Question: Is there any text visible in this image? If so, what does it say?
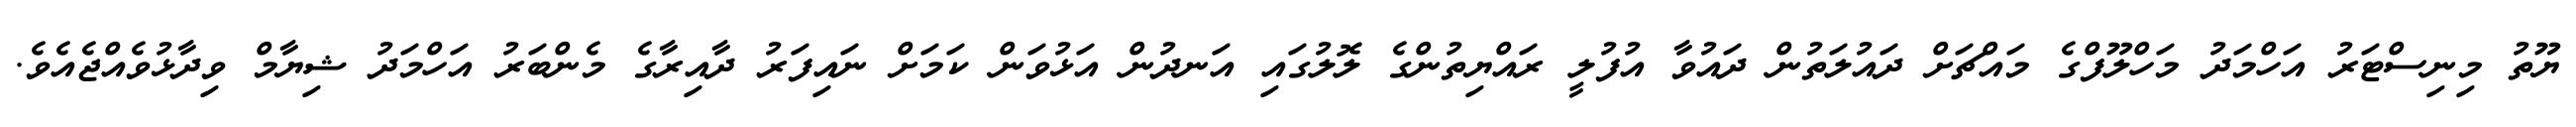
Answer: ޔޫތު މިނިސްޓަރު އަހްމަދު މަހްލޫފްގެ މައްޗަށް ދައުލަތުން ދައުވާ އުފުލީ ރައްޔިތުންގެ ލޮލުގައި އަނދުން އަޅުވަން ކަމަށް ނައިފަރު ދާއިރާގެ މެންބަރު އަހްމަދު ޝިޔާމް ވިދާޅުވެއްޖެއެވެ.